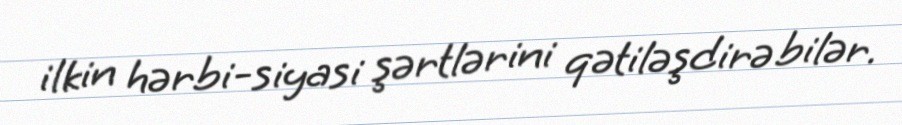
ilkin hərbi-siyasi şərtlərini qətiləşdirə bilər.